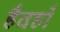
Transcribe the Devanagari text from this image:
हैवहाँ